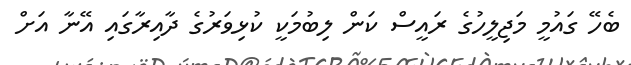
ބެހޭ ގައުމީ މަޖިލީހުގެ ރައީސް ކަން ލިބުމަކީ ކުޅިވަރުގެ ދާއިރާގައި އޭނާ އަށް